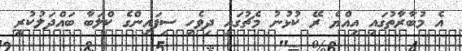
އެ މުބާރާތުގައި އިއްޔެ ރޭ ކުޅުނު މެޗުގައި ދިވެހި ސިފައިންގެ ކްލަބާ ބައްދަލުކުރީ